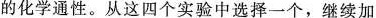
的化学通性。从这四个实验中选择一个，继续加